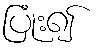
ပြုံး၍